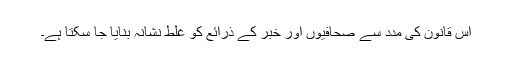
اس قانون کی مدد سے صحافیوں اور خبر کے ذرائع کو غلط نشانہ بنایا جا سکتا ہے۔